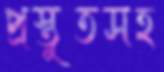
প্রস্তুতসহ